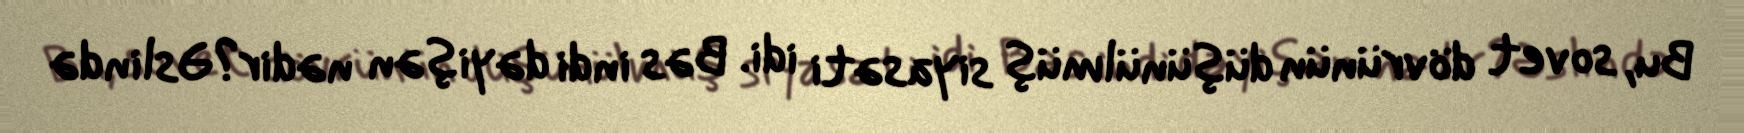
Bu, sovet dövrünün düşünülmüş siyasəti idi. Bəs indi dəyişən nədir?Əslində